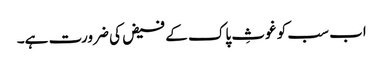
اب سب کو غوثِ پاک کے فیض کی ضرورت ہے۔